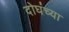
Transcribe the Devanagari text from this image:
दोघंच्या